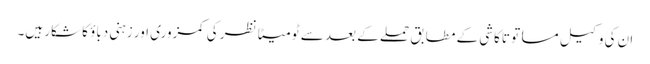
ان کی وکیل مساتو تاکاشی کے مطابق حملے کے بعد سے ٹومیٹا نظر کی کمزوری اور زہنی دباؤ کا شکار ہیں۔